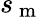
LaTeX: s_{\mathrm{~m~}}